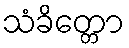
သံခိတ္တော